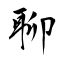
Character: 聊